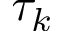
\tau _ { k }